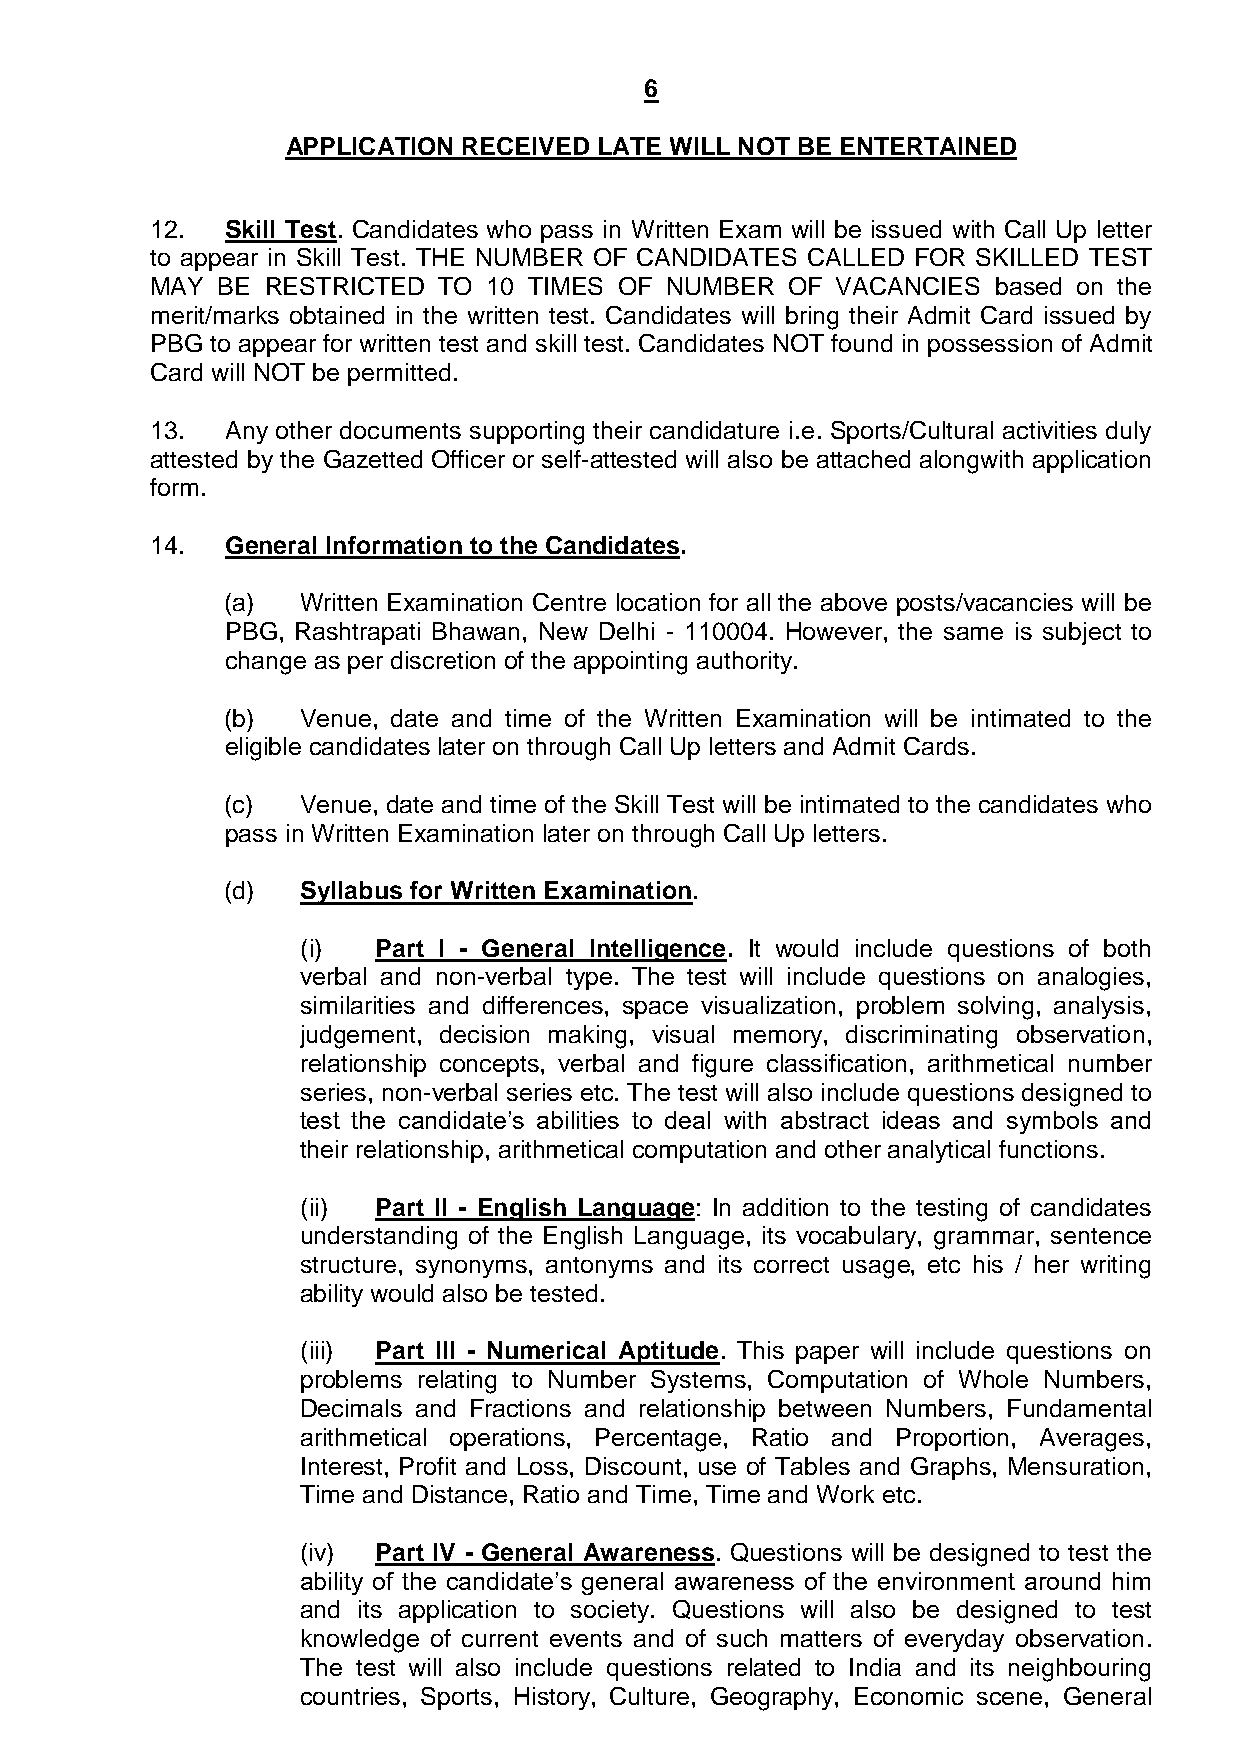
6
 APPLICATION RECEIVED LATE WILL NOT BE ENTERTAINED
 12.  Skill Test. Candidates who pass in Written Exam will be issued with Call Up letter
 to appear in Skill Test. THE NUMBER OF CANDIDATES CALLED FOR SKILLED TEST
 MAY BE  RESTRICTED TO 10 TIMES OF NUMBER  OF VACANCIES  based on the
 merit/marks obtained in the written test. Candidates will bring their Admit Card issued by
 PBG to appear for written test and skill test. Candidates NOT found in possession of Admit
 Card will NOT be permitted.
 13.  Any other documents supporting their candidature i.e. Sports/Cultural activities duly
 attested by the Gazetted Officer or self-attested will also be attached alongwith application
 form.
 14.  General Information to the Candidates.
 (a)  Written Examination Centre location for all the above posts/vacancies will be
 PBG, Rashtrapati Bhawan, New Delhi - 110004. However, the same is subject to
 change as per discretion of the appointing authority.
 (b)  Venue, date and time of the Written Examination will be intimated to the
 eligible candidates later on through Call Up letters and Admit Cards.
 (c)  Venue, date and time of the Skill Test will be intimated to the candidates who
 pass in Written Examination later on through Call Up letters.
 (d)  Syllabus for Written Examination.
 (i)  Part I - General Intelligence. It would include questions of both
 verbal and non-verbal type. The test will include questions on analogies,
 similarities and differences, space visualization, problem solving, analysis,
 judgement, decision making, visual memory, discriminating observation,
 relationship concepts, verbal and figure classification, arithmetical number
 series, non-verbal series etc. The test will also include questions designed to
 test the candidate’s abilities to deal with abstract ideas and symbols and
 their relationship, arithmetical computation and other analytical functions.
 (ii) Part II - English Language: In addition to the testing of candidates
 understanding of the English Language, its vocabulary, grammar, sentence
 structure, synonyms, antonyms and its correct usage, etc his / her writing
 ability would also be tested.
 (iii) Part III - Numerical Aptitude. This paper will include questions on
 problems relating to Number Systems, Computation of Whole Numbers,
 Decimals and Fractions and relationship between Numbers, Fundamental
 arithmetical operations, Percentage, Ratio and Proportion, Averages,
 Interest, Profit and Loss, Discount, use of Tables and Graphs, Mensuration,
 Time and Distance, Ratio and Time, Time and Work etc.
 (iv) Part IV - General Awareness. Questions will be designed to test the
 ability of the candidate’s general awareness of the environment around him
 and its application to society. Questions will also be designed to test
 knowledge of current events and of such matters of everyday observation.
 The test will also include questions related to India and its neighbouring
 countries, Sports, History, Culture, Geography, Economic scene, General